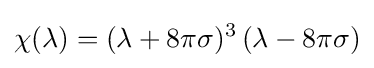
\chi (\lambda )=(\lambda +8\pi \sigma )^{3}\,(\lambda -8\pi \sigma )